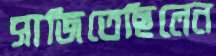
সাজিতেছিলেন